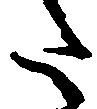
た